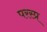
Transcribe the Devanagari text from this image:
परस्प्र